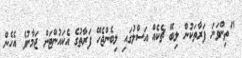
"ތިންވަނަ ފަރާތަކުން ލިބޭ ޗެކެއް އަސްލުގައި ލިބެންޖެހޭ ފަރާތުގެ އެކައުންޓަށް ޖަމާނުވެ އެހެން